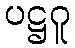
ပဋ္ဌဂူ